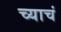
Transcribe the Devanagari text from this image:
च्याचं